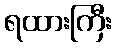
ရထားကြီး